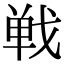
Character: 戦